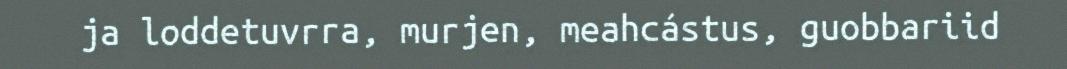
ja loddetuvrra, murjen, meahcástus, guobbariid